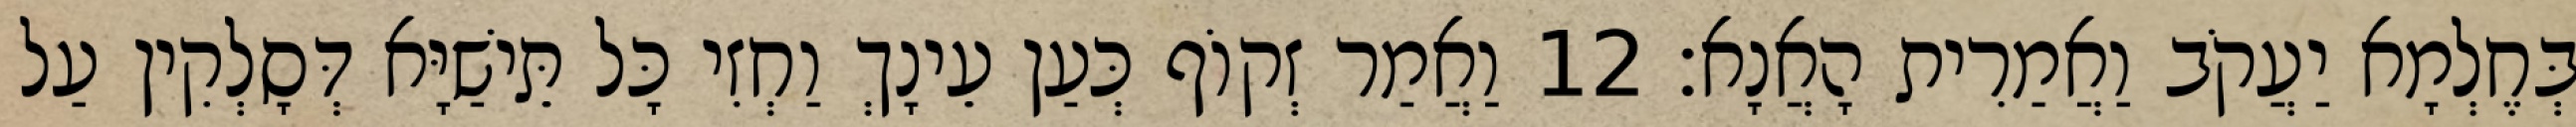
בְּחֶלְמָא יַעֲקֹב וַאֲמַרִית הָאֲנָא׃ 12 וַאֲמַר זְקוֹף כְּעַן עֵינָךְ וַחְזִי כָּל תֵּישַׁיָּא דְּסָלְקִין עַל